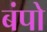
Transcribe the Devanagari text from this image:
बंपो